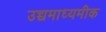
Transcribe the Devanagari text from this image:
उच्चमाध्यमीक